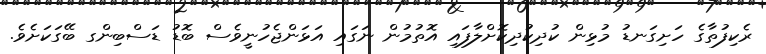
ރެކިފުތާގެ ހަށިގަނޑު މުޅިން ކުދިކުދިކޮށްލާފައި އޮތުމުން ނަގައި އަޅަންޖެހުނީވެސް ބޮޑު ޑަސްބިންގ ބޭގަކަށެވެ.